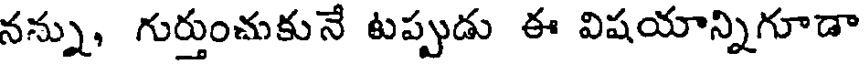
నన్ను, గుర్తుంచుకునే టప్పుడు ఈ విషయాన్నిగూడా